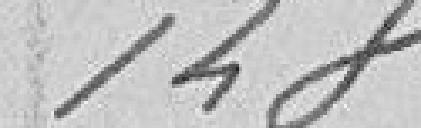
148